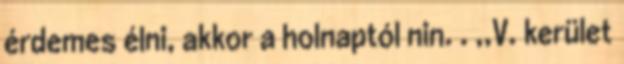
érdemes élni, akkor a holnaptól nin. . ,,V. kerület